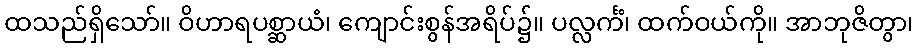
ထသည်ရှိသော်။ ဝိဟာရပစ္ဆာယံ၊ ကျောင်းစွန်အရိပ်၌။ ပလ္လင်္ကံ၊ ထက်ဝယ်ကို။ အာဘုဇိတွာ၊